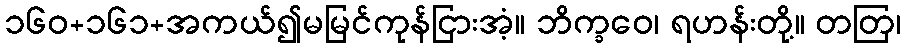
၁၆၀+၁၆၁+အကယ်၍မမြင်ကုန်ငြားအံ့။ ဘိက္ခဝေ၊ ရဟန်းတို့။ တတြ၊